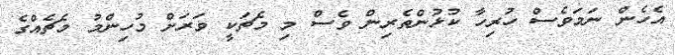
އެހެން ނަމަވެސް ހުރިހާ ކުޅުންތެރިން ވެސް މި މެޗަކީ ވަރަށް މުހިންމު މެޗެއްގެ